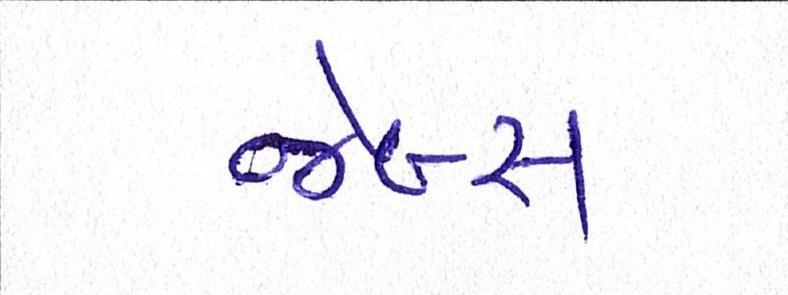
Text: જેબ્સ